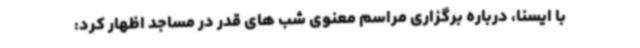
با ایسنا، درباره برگزاری مراسم معنوی شب های قدر در مساجد اظهار کرد: